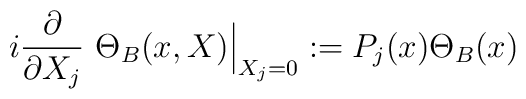
i\frac{\partial}{\partial X_j}\ \Theta_B(x,X)\Big\vert_{X_j=0}:=P_j(x)\Theta_B(x)